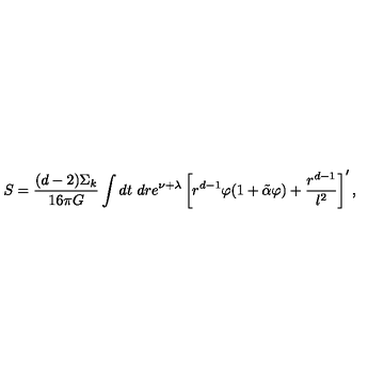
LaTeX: S = \frac { ( d - 2 ) \Sigma _ { k } } { 1 6 \pi G } \int d t \ d r e ^ { \nu + \lambda } \left[ r ^ { d - 1 } \varphi ( 1 + \tilde { \alpha } \varphi ) + \frac { r ^ { d - 1 } } { l ^ { 2 } } \right] ^ { \prime } ,